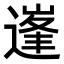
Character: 𨕱